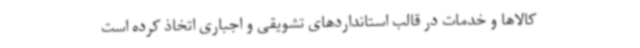
کالاها و خدمات در قالب استانداردهای تشویقی و اجباری اتخاذ کرده است